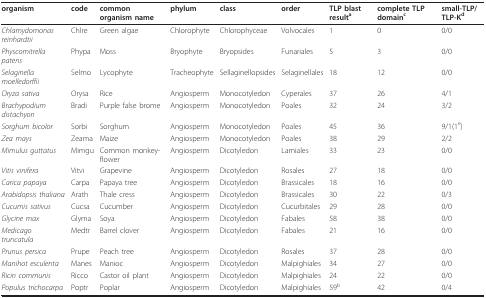
| organism | code | common organism name | phylum | class | order | TLP blast resulta | complete TLP domainc | small-TLP/TLP-Kd |
 | --- | --- | --- | --- | --- | --- | --- | --- | --- |
 | Chlamydomonas reinhardtii | Chlre | Green algae | Chlorophyte | Chlorophyceae | Volvocales | 1 | 0 | 0/0 |
 | Physcomitrella patens | Phypa | Moss | Bryophyte | Bryopsides | Funariales | 5 | 3 | 0/0 |
 | Selaginella moelledorffii | Selmo | Lycophyte | Tracheophyte | Sellaginellopsides | Selaginellales | 18 | 12 | 0/0 |
 | Oryza sativa | Orysa | Rice | Angiosperm | Monocotyledon | Cyperales | 37 | 26 | 4/1 |
 | Brachypodium distachyon | Bradi | Purple false brome | Angiosperm | Monocotyledon | Poales | 32 | 24 | 3/2 |
 | Sorghum bicolor | Sorbi | Sorghum | Angiosperm | Monocotyledon | Poales | 45 | 36 | 9/1(1e) |
 | Zea mays | Zeama | Maize | Angiosperm | Monocotyledon | Poales | 38 | 29 | 2/2 |
 | Mimulus guttatus | Mimgu | Common monkey-flower | Angiosperm | Dicotyledon | Lamiales | 33 | 23 | 0/0 |
 | Vitis vinifera | Vitvi | Grapevine | Angiosperm | Dicotyledon | Rosales | 27 | 18 | 0/0 |
 | Carica papaya | Carpa | Papaya tree | Angiosperm | Dicotyledon | Brassicales | 18 | 16 | 0/0 |
 | Arabidopsis thaliana | Arath | Thale cress | Angiosperm | Dicotyledon | Brassicales | 30 | 22 | 0/3 |
 | Cucumis sativus | Cucsa | Cucumber | Angiosperm | Dicotyledon | Cucurbitales | 29 | 28 | 0/0 |
 | Glycine max | Glyma | Soya | Angiosperm | Dicotyledon | Fabales | 58 | 38 | 0/0 |
 | Medicago truncatula | Medtr | Barrel clover | Angiosperm | Dicotyledon | Fabales | 21 | 16 | 0/0 |
 | Prunus persica | Prupe | Peach tree | Angiosperm | Dicotyledon | Rosales | 37 | 28 | 0/0 |
 | Manihot esculenta | Manes | Manioc | Angiosperm | Dicotyledon | Malpighiales | 34 | 27 | 0/0 |
 | Ricin communis | Ricco | Castor oil plant | Angiosperm | Dicotyledon | Malpighiales | 24 | 22 | 0/0 |
 | Populus trichocarpa | Poptr | Poplar | Angiosperm | Dicotyledon | Malpighiales | 59b | 42 | 0/4 |